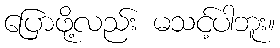
ပြောဖို့လည်း မသင့်ပါဘူး။